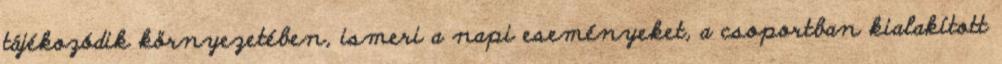
tájékozódik környezetében, ismeri a napi eseményeket, a csoportban kialakított